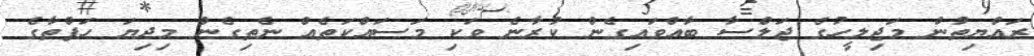
ރައްޔިތުން މަޖިލީހުގެ ޖަލްސާ ބާއްވައިގެން ކުރާނެ ވަކި މަސައްކަތެއް ނެތިގެން މިދިޔަ ހަފްތާގެ